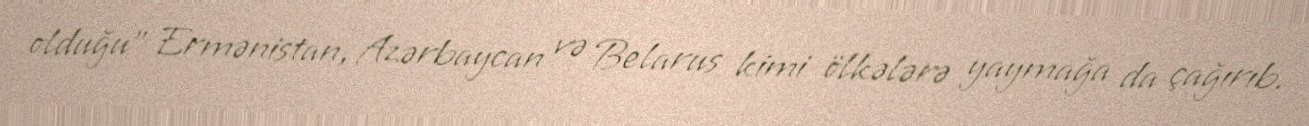
olduğu” Ermənistan, Azərbaycan və Belarus kimi ölkələrə yaymağa da çağırıb.